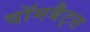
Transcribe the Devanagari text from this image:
वॉमबैट्स